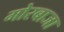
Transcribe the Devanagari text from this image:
मोरबाजा